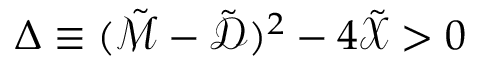
\Delta \equiv ( \tilde { \mathcal { M } } - \tilde { \mathcal { D } } ) ^ { 2 } - 4 \tilde { \mathcal { X } } > 0